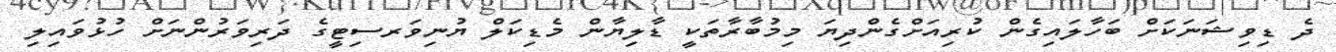
ދެ ޑިވިޝަނަކަށް ބަހާލައިގެން ކުރިއަށްގެންދިޔަ މިމުބާރާތަކީ ޑާލިޔާން މެޑިކަލް ޔުނިވަރސިޓީގެ ދަރިވަރުންނަށް ހުޅުވައިލި